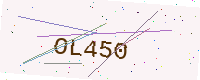
Text: OL450